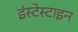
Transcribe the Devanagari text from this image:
इंस्टेस्टाइन